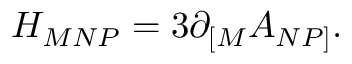
{ H _ { M N P } = 3 \partial _ { \lbrack M } A _ { N P \rbrack } . }